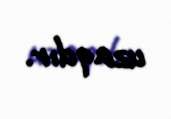
uzaqdır.